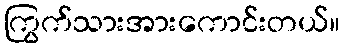
ကြွက်သားအားကောင်းတယ်။